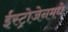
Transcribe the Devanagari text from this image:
ईस्ट्रोजेनमधे